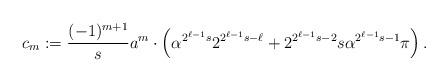
LaTeX: \begin{align*}c_m:=\frac{(-1)^{m+1}}{s} a^m\cdot \left(\alpha^{2^{\ell-1}s} 2^{2^{\ell-1}s-\ell} + 2^{2^{\ell-1}s-2}s\alpha^{2^{\ell-1}s-1}\pi\right).\end{align*}